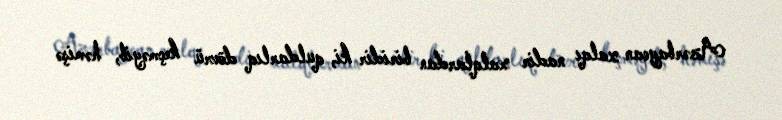
Azərbaycan xalqı nadir xalqlardan biridir ki, quldarlıq dövrü keçməyib, həmişə